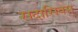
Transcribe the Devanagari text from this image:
सदासिवम